system: You are a helpful assistant.
user:
Analyze the provided spectrum to determine if it is a **"Cataclysmic Variables (CV)"**.

- **Key Indicators for CV (Check for either state):**
    - **State 1: Quiescent / Low-State (Emission-Dominated)**
        - **(Primary):** Strong and *very broad* Hydrogen Balmer emission lines (e.g., $H\alpha$ at 6563 Å, $H\beta$ at 4861 Å). The 'broadness' (high velocity dispersion, often FWHM > 1000 km/s) is the key diagnostic, indicating a high-velocity accretion disk.
        - **(Secondary):** Broad neutral Helium (He I) emission lines (e.g., 5876 Å, 6678 Å).
        - **(Key Confirmation):** Presence of high-excitation *ionized* Helium (He II) emission at 4686 Å. This is a strong indicator of accretion onto a white dwarf.
        - **(Line Profile):** Emission lines may exhibit a 'double-peaked' profile, which is a classic signature of a rotating accretion disk viewed at high inclination.

    - **State 2: Outburst / High-State (Absorption-Dominated)**
        - **(Primary):** Spectrum is dominated by a bright, blue continuum (looks like a hot star).
        - **(Secondary):** The emission lines from State 1 are weak, absent, or 'filled in', and are replaced by broad, shallow *absorption* lines (primarily Balmer and He I).
        - **(Morphology):** The overall spectrum mimics a hot B/A-type star. The crucial difference is that the absorption lines are significantly broader, shallower, and more 'washed-out' (or 'smeared') than the sharp lines of a normal stellar photosphere, due to high rotational speeds and pressure broadening in the disk.

Think first, call **spectral_visualization_tool** if needed to examine features in detail, then provide your final answer. Your response must adhere to the following strict rules:
1.  **Overall Structure:** Your response must follow the format `<think>...</think> <tool_call>...</tool_call> (if a tool is used) <answer>...</answer>`.
2.  **Tool Usage Constraint:** You may only make **one** tool call per turn.
3.  **Final Answer Format:** In the `<answer>` tag, your conclusion must be inside a `\boxed{}` command (e.g., `\boxed{YES}`), followed by your justification.

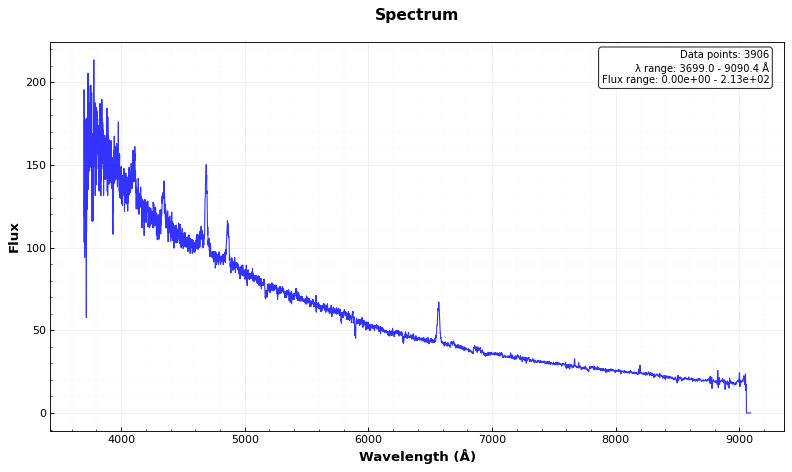
Answer: YES